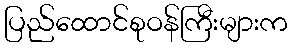
ပြည်ထောင်စုဝန်ကြီးများက